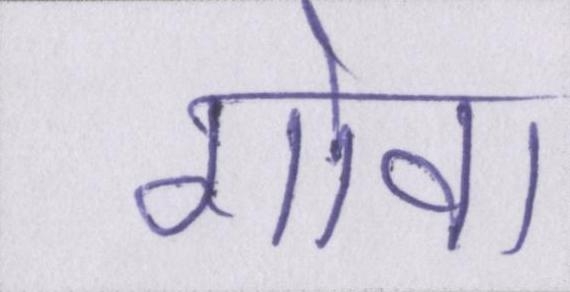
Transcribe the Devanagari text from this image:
गोवा